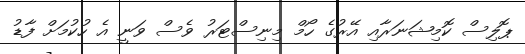
ޕޮލިސް ކޮމިޝަނަރާއި އޭރުގެ ހޯމް މިނިސްޓަރު ވެސް ވަނީ އެ ހުކުމަށް ފާޑު